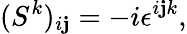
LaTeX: (S^{k})_{i\mathbf{j}}=-i\epsilon^{i\mathbf{j}k},